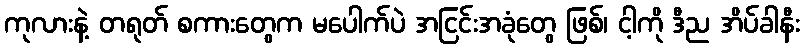
ကုလားနဲ့ တရုတ် စကားတွေက မပေါက်ပဲ အငြင်းအခုံတွေ ဖြစ်၊ ငါ့ကို ဒီည အိပ်ခါနီး